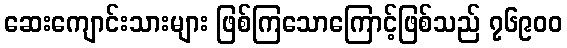
ဆေးကျောင်းသားများ ဖြစ်ကြသောကြောင့်ဖြစ်သည် ၇၆၉၀၀